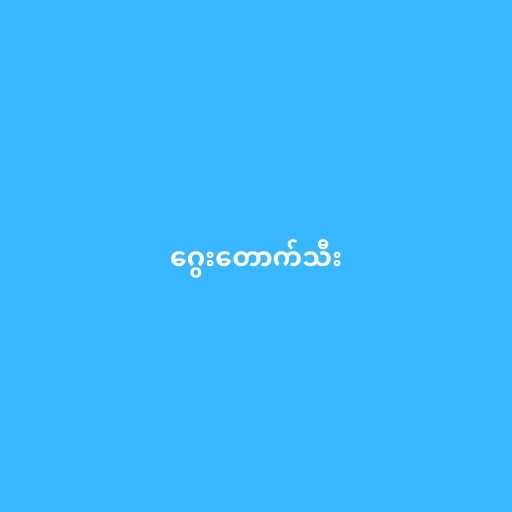
ဂွေးတောက်သီး